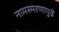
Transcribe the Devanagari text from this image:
नामस्मरणापुढे